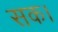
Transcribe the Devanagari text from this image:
सक।